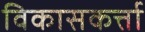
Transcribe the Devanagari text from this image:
विकासकर्त्ता